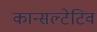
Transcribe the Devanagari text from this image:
कान्सल्टेटिव